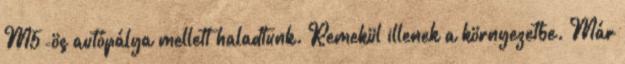
M5-ös autópálya mellett haladtunk. Remekül illenek a környezetbe. Már